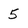
Character: 5